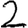
Digit: 2